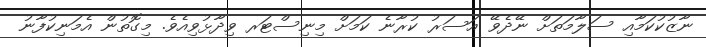
ނާޒުކުކަމާއި ސަލާމަތަށް ނޭދެވޭ އަސަރު ކުރާނެ ކަމަށް މިނިސްޓަރ ވިދާޅުވިއެވެ. މިގޮތުން އެމަނިކުފާނު